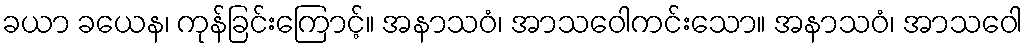
ခယာ ခယေန၊ ကုန်ခြင်းကြောင့်။ အနာသဝံ၊ အာသဝေါကင်းသော။ အနာသဝံ၊ အာသဝေါ